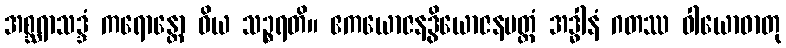
အစ္ဆရာသဒ္ဒံ ကရောန္တော ဝိယ သဉ္စရတိ။ ဧကယောဇနဒွိယောဇနမတ္တံ အဒ္ဓါနံ ဂတဿ ဝါယောဓာတု